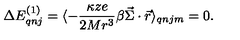
\Delta E _ { q n j } ^ { ( 1 ) } = \langle - \frac { \kappa z e } { 2 M r ^ { 3 } } \beta \vec { \Sigma } \cdot \vec { r } \rangle _ { q n j m } = 0 .